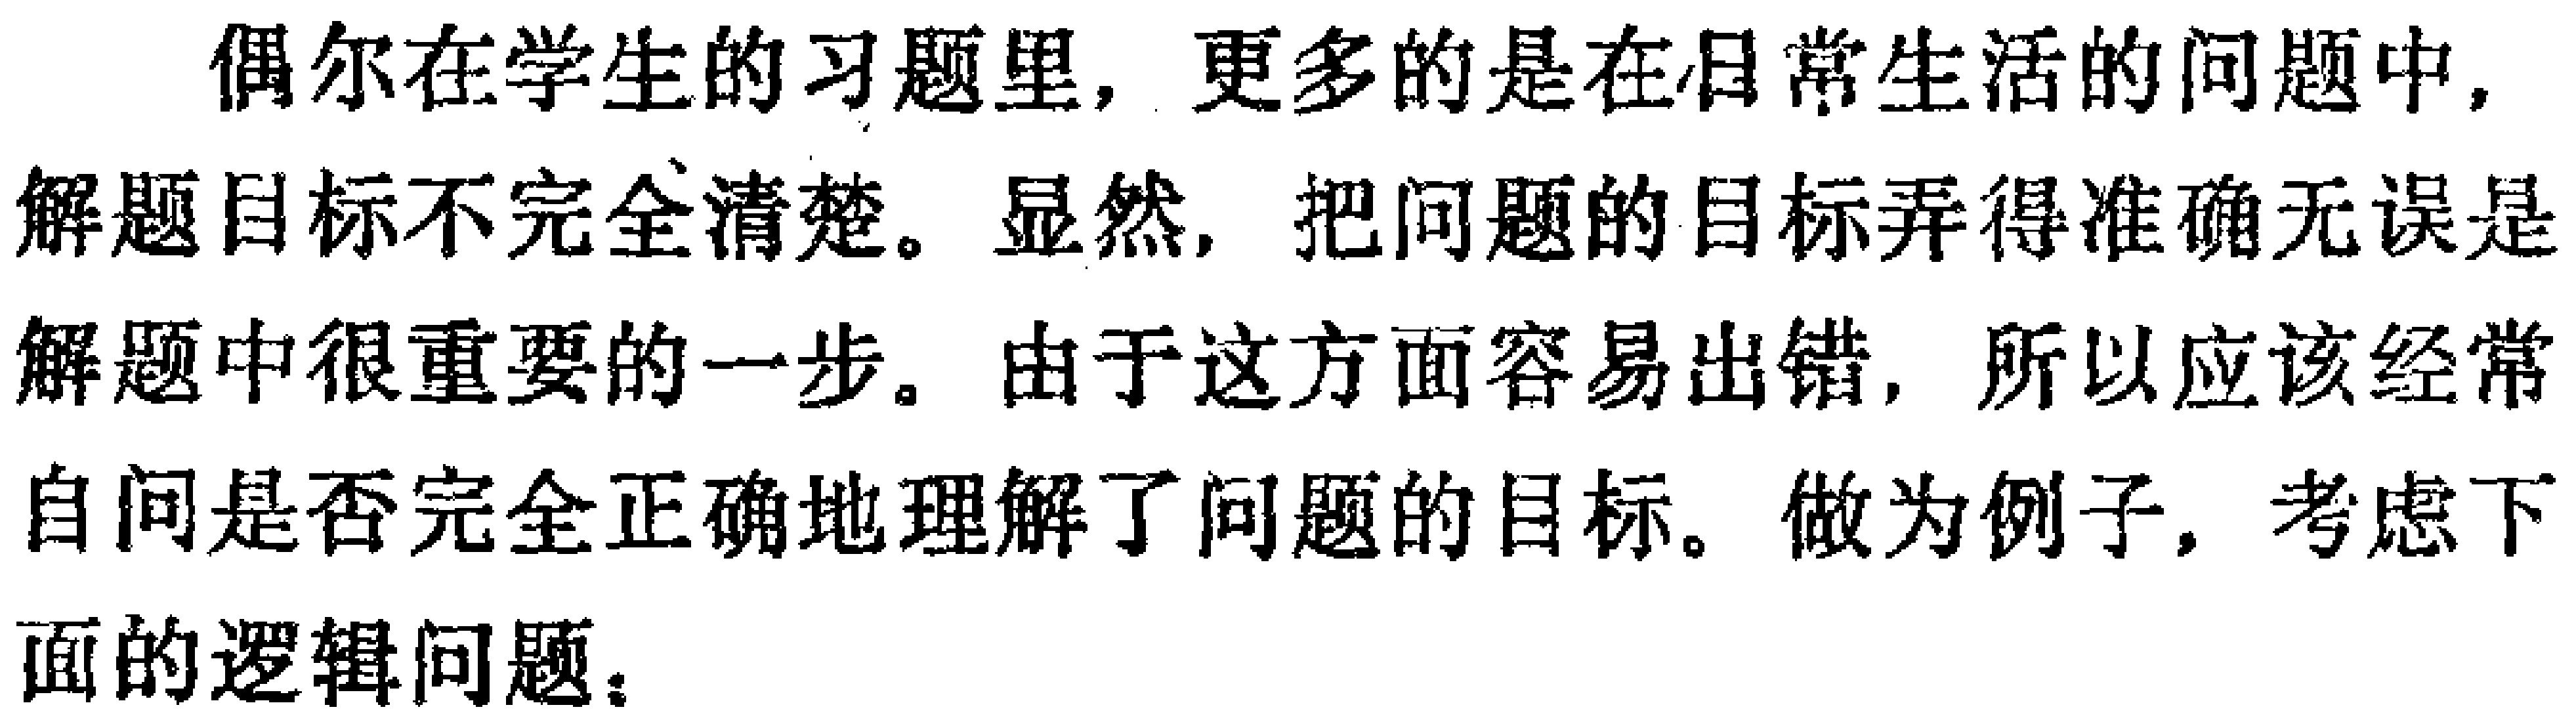
偶尔在学生的习题里，更多的是在日常生活的问题中，解题目标不完全清楚。显然，把问题的目标弄得准确无误是解题中很重要的一步。由于这方面容易出错，所以应该经常自问是否完全正确地理解了问题的目标。做为例子，考虑下面的逻辑问题：